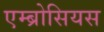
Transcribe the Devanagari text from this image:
एम्ब्रोसियस